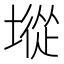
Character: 㙡